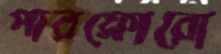
পারফ্লোরো